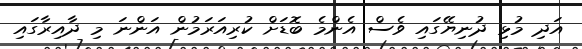
އަދި މުޅި ދުނިޔޭގައި ވެސް އެންމެ ބޮޑަށް ކުރިއަރަމުން އަންނަ މި ދާއިރާގައި